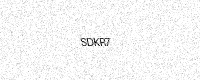
Text: SDKR7